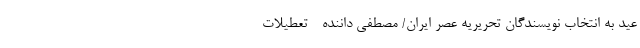
عید به انتخاب نویسندگان تحریریه عصر ایران/ مصطفی داننده - تعطیلات